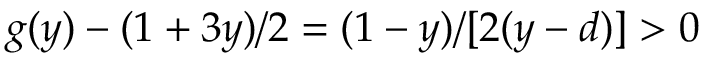
g ( y ) - ( 1 + 3 y ) / 2 = ( 1 - y ) / [ 2 ( y - d ) ] > 0